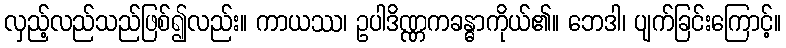
လှည့်လည်သည်ဖြစ်၍လည်း။ ကာယဿ၊ ဥပါဒိဏ္ဏကခန္ဓာကိုယ်၏။ ဘေဒါ၊ ပျက်ခြင်းကြောင့်။